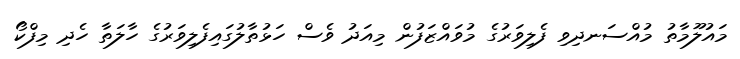
މައުލޫމާތު މުއްސަނދިވި ފެލިވަރުގެ މުވައްޒަފުން މިއަދު ވެސް ހަޅުތާލުގައިފެލިވަރުގެ ހާލަތާ ހެދި މިފްކޯ